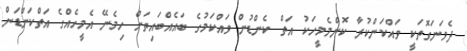
ދެވަނަގޮތަކީ ވައްކަންކުރާ ކޮންމެމީހަކު އަތް ކެންޑުން ވައްކަމުގެ ބައެއްބައިތަށް ހިމެނޭ އެމީހެއްގެ އަތްކަންޑަން